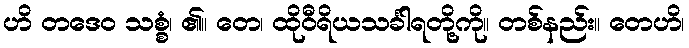
ဟိ တဒေဝ သစ္စံ၊ ၏။ တေ၊ ထိုဝီရိယသင်္ခါရတို့ကို။ တစ်နည်း။ တေဟိ၊